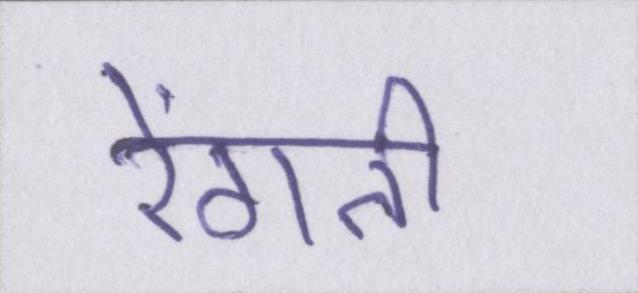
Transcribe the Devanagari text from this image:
रेंगती